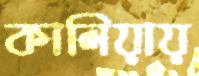
কালিয়ায়